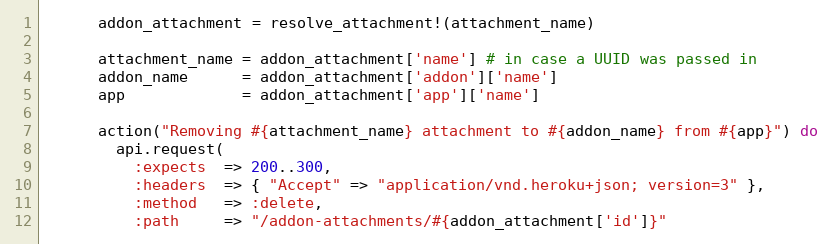
Language: Ruby
      addon_attachment = resolve_attachment!(attachment_name)

      attachment_name = addon_attachment['name'] # in case a UUID was passed in
      addon_name      = addon_attachment['addon']['name']
      app             = addon_attachment['app']['name']

      action("Removing #{attachment_name} attachment to #{addon_name} from #{app}") do
        api.request(
          :expects  => 200..300,
          :headers  => { "Accept" => "application/vnd.heroku+json; version=3" },
          :method   => :delete,
          :path     => "/addon-attachments/#{addon_attachment['id']}"